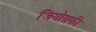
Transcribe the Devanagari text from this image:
जियोग्रफी